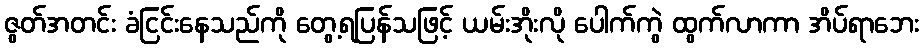
ဇွတ်အတင်း ခံငြင်းနေသည်ကို တွေ့ရပြန်သဖြင့် ယမ်းအိုးလို ပေါက်ကွဲ ထွက်လာကာ အိပ်ရာဘေး